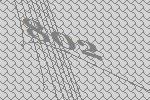
802